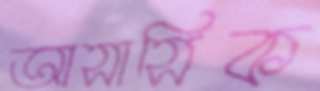
আসাসিক